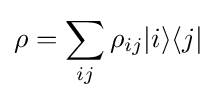
\rho =\sum _{ij}\rho _{ij}|i\rangle \langle j|